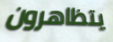
يتظاهرون